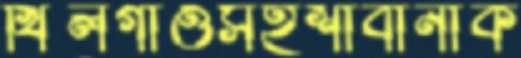
খিলগাঁওসহশাবানাক